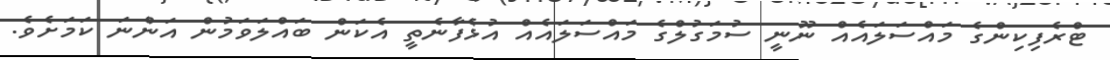
ޓްރެފިކިންގެ މައްސަލައެއް ނޫނީ ސުމަގުލްގެ މައްސަލައެއް އުޅެފާނެތީ އެކަން ބައްލަވަމުން އަންނަ ކަމަށެވެ.